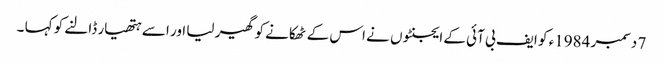
7 دسمبر 1984ء کو ایف بی آئی کے ایجنٹوں نے اس کے ٹھکانے کو گھیر لیا اور اسے ہتھیار ڈالنے کو کہا ۔